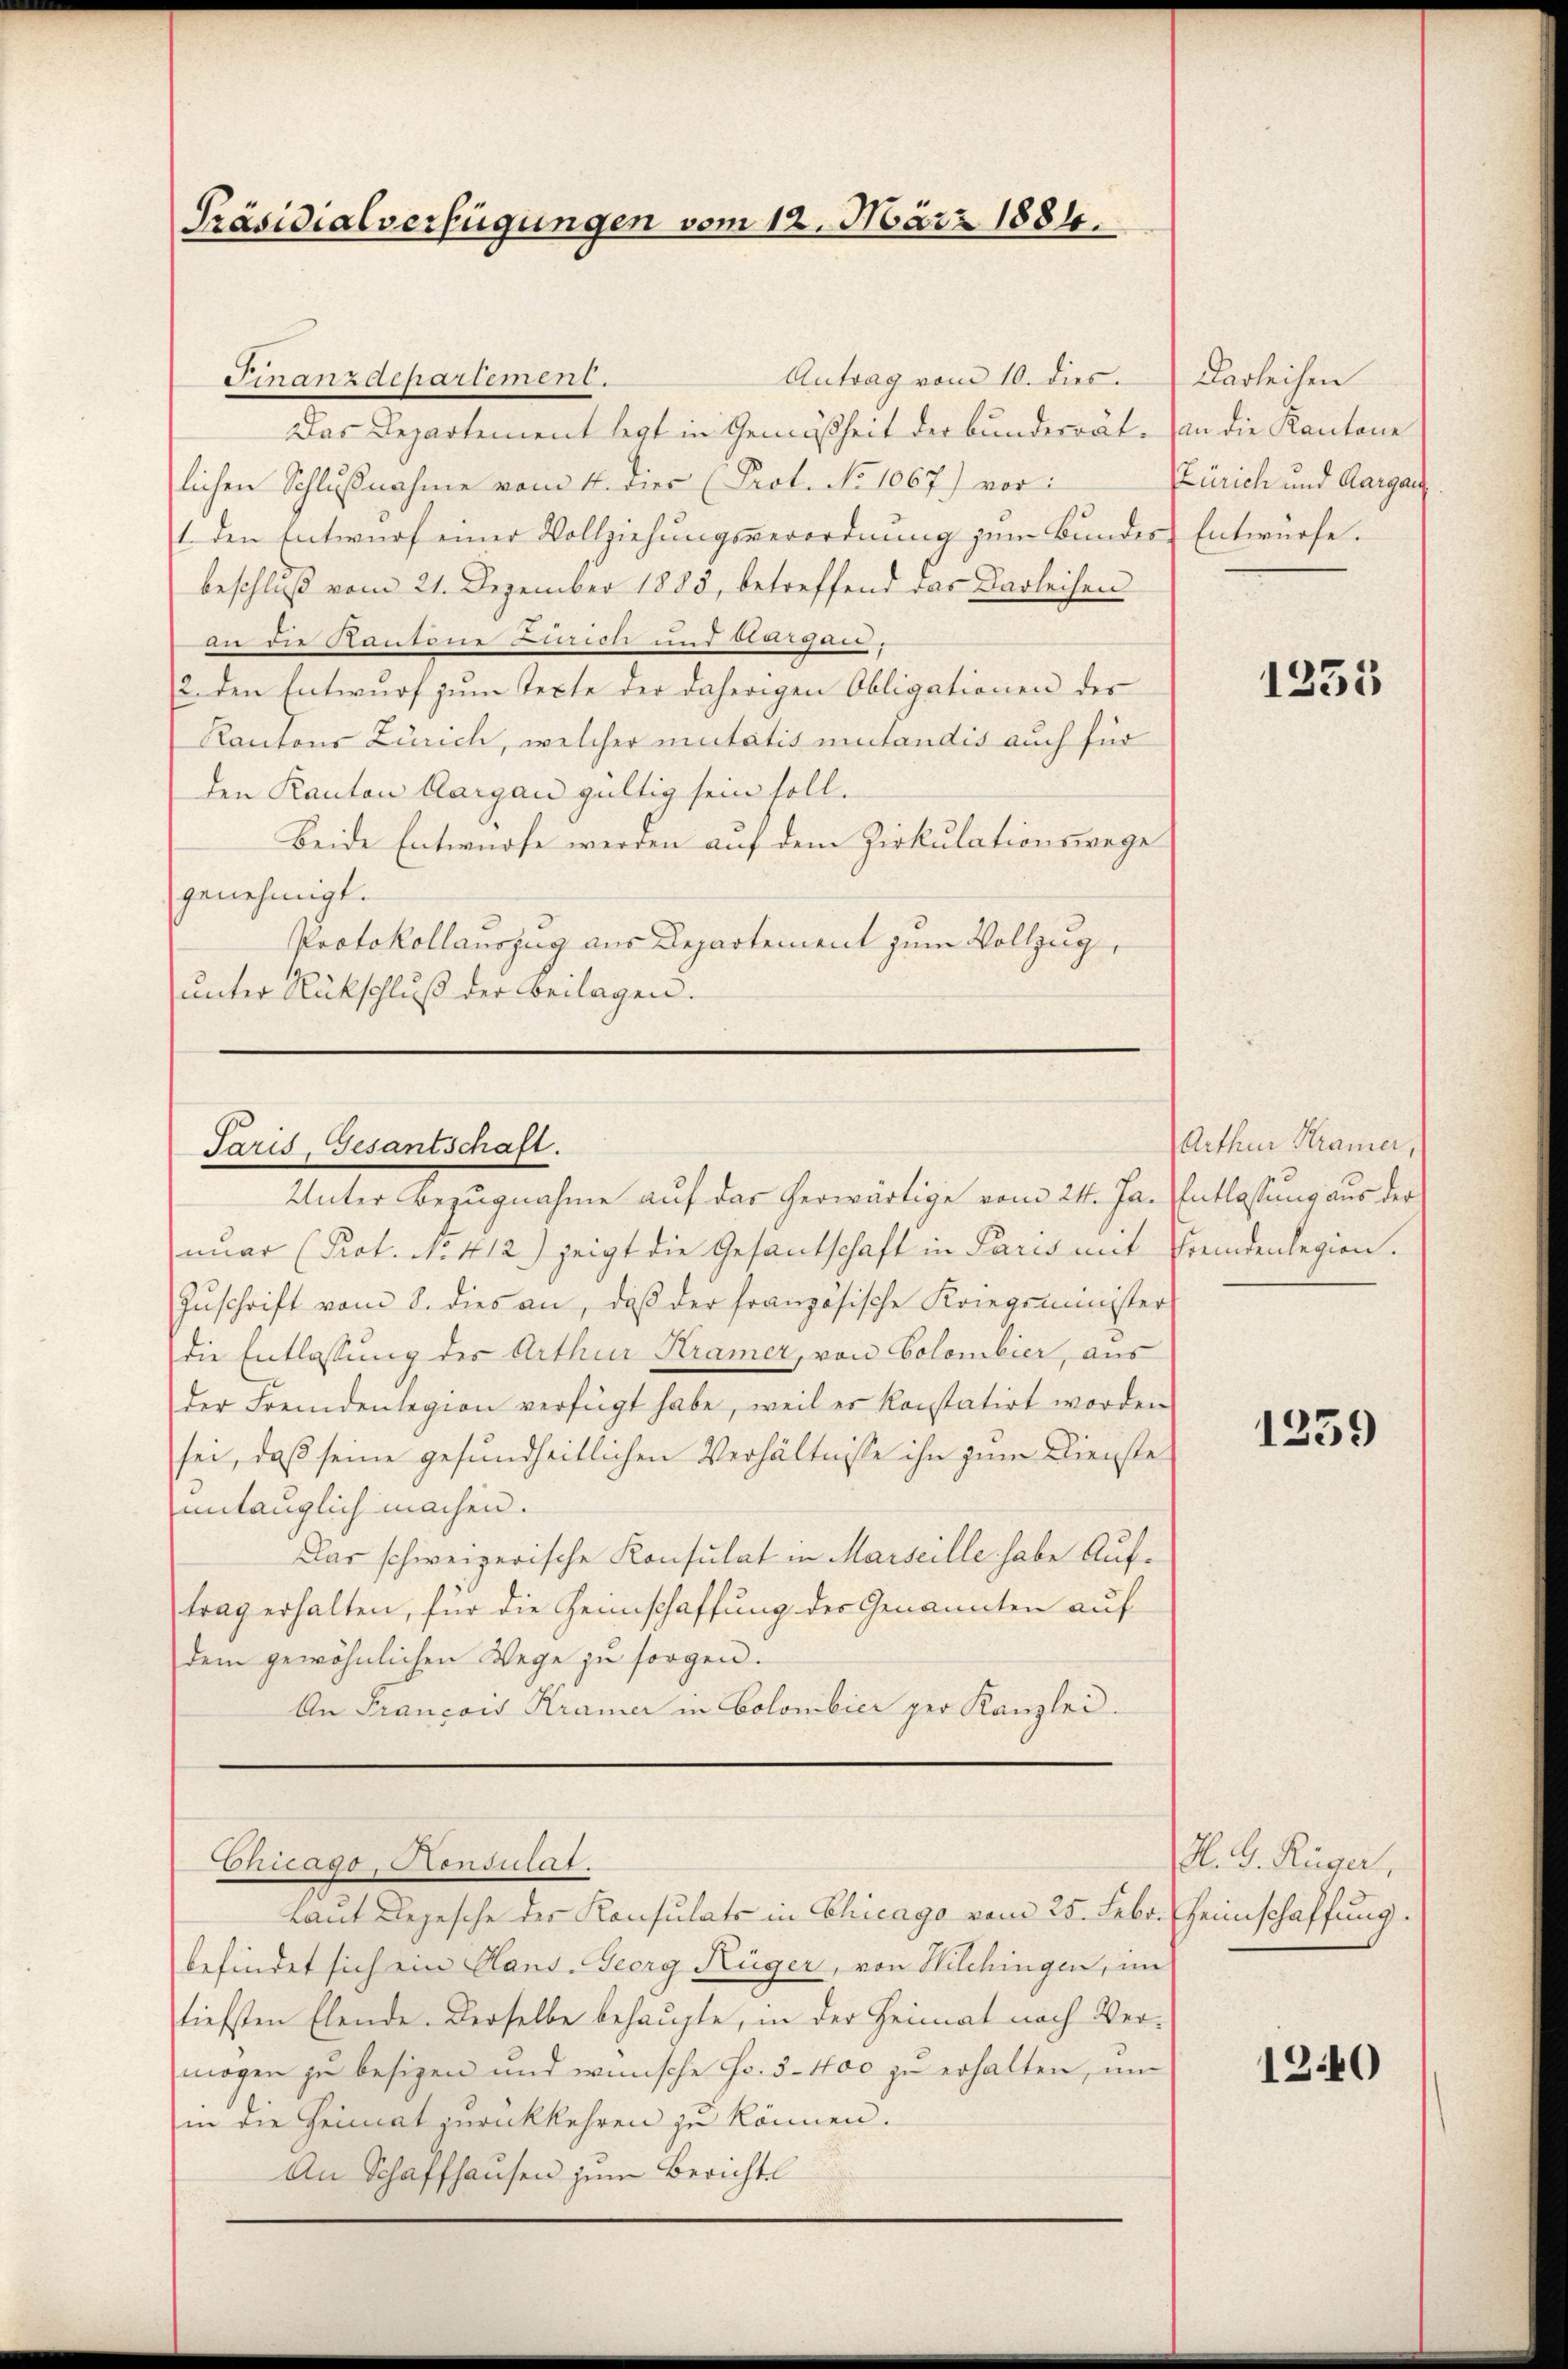
Präsidialverfügungen vom 12. März 1884.

Antrag vom 10. dies
Finanzdepartement.
Das Departement legt in Gemäßheit der bunderrät. an die Kantone
lichen Schlußnahme vom 4. dies (Prot. No 1067.) vor:
1. den Entwurf einer Vollziehungsverordnung zum Bundes Entwurfe.
beschluß vom 21. Dezember 1883, betreffend das Darleihen
an die Kantone Zürich und bewegen
2. den Entwurf zum Texte der daherigen Obligationen der
Kantons Zürich, welcher mutatis mutandis auch für
den Kanton Aargau gültig sein soll.
Beide Entwurfe werden auf dem Zirkulationswege
genehmigt.
Protokollauszug aus Departement zum Vollzug
unter Rückschluß der Beilagen.

Paris, Gesantschaft.
Unter Bezugnahme auf das herwärtige vom 24. Ja. Entlassung aus der

Cnclago, Konsulat.
Laut Depesche des Konsulats in Chicago vom 25. Febr. Heimschaffung.

nuar (Prot. No. 412) zeigt die Gesantschaft in Paris mit Fremdenlegion.
Zuschrift vom 8. dies an, daß der französische Kriegsminister
die Entlassung des Arthur Kramer, von Colombier, aus
der Fremdenlegion verfügt habe, weil er konstatirt worden
sei, daß seine gesundheitlichen Verhältnisse ihn zum Diensteuntauglich machen.
Das schweizerische Konsulat in Marseille habe Auftrag erhalten, für die Heimschaffung der Genannten auf
dem gewöhnlichen Wege zu sorgen.
An Francois Kramer in Colonibici per Kanzlei.

befindet sich ein Haus. Georg Hüger, von Wilchingen, im
tiefsten Elende. Derselbe behaupte, in der Heimat nach Ver-
mögen zu besizen und wünsche Fr. 3. 400 zu erhalten, um
in die Heimat zurückkehren zu können.
An Schaffhausen zum Berichte

Darleihen
Zürich und Aargau

1235

Arthur Kramer,

1359

H. G. Rüger,

1240